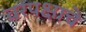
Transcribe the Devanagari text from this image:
वरपक्षाचे